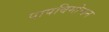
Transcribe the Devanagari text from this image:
पापविमोचन